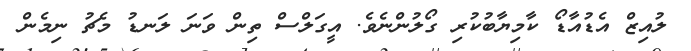
ލުއިޒް އެޑުއާޑޯ ކާމިޔާބުކުރި ގޯލުންނެވެ. އީގަލްސް ތިން ވަނަ ލަނޑު މެޗު ނިމެން